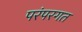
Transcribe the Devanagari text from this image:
परंपरगत